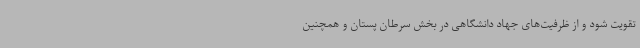
تقویت شود و از ظرفیت‌های جهاد دانشگاهی در بخش سرطان پستان و همچنین